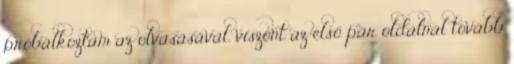
próbálkoztam az olvasásával, viszont az első pár oldalnál tovább